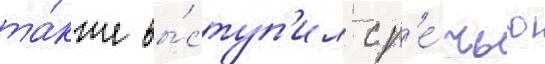
та́кже вы́ступ'ил с р'е́чью